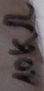
Text: 10kΩ